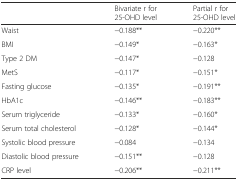
|  | Bivariate r for 25-OHD level | Partial r for 25-OHD level |
 | --- | --- | --- |
 | Waist | −0.188** | −0.220** |
 | BMI | −0.149* | −0.163* |
 | Type 2 DM | −0.147* | −0.128 |
 | MetS | −0.117* | −0.151* |
 | Fasting glucose | −0.135* | −0.191** |
 | HbA1c | −0.146** | −0.183** |
 | Serum triglyceride | −0.133* | −0.160* |
 | Serum total cholesterol | −0.128* | −0.144* |
 | Systolic blood pressure | −0.084 | −0.134 |
 | Diastolic blood pressure | −0.151** | −0.128 |
 | CRP level | −0.206** | −0.211** |